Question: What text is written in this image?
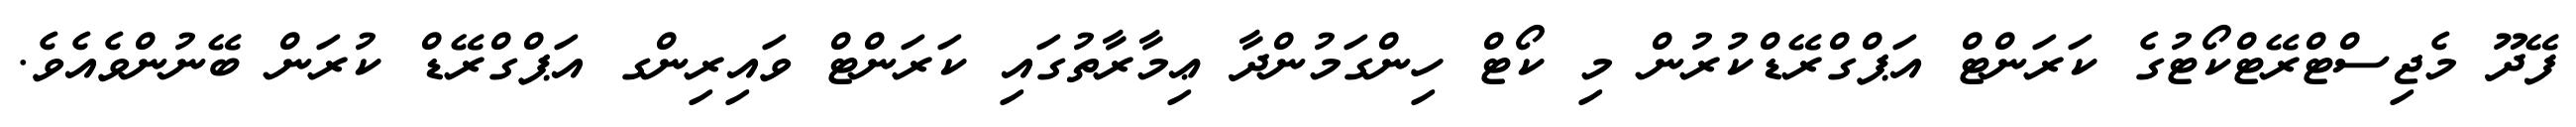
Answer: ފޭދޫ މެޖިސްޓްރޭޓްކޯޓުގެ ކަރަންޓް އަޕްގްރޭޑްކުރުން މި ކޯޓް ހިންގަމުންދާ ޢިމާރާތުގައި ކަރަންޓް ވައިރިންގ އަޕްގްރޭޑް ކުރަން ބޭނުންވެއެވެ.